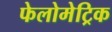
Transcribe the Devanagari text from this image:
फेलोमेट्रिक